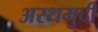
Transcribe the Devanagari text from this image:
अस्थमुदी